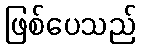
ဖြစ်ပေသည်